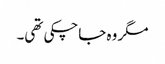
مگر وہ جاچکی تھی۔